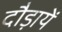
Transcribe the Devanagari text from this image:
दौड़ायें